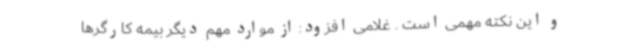
و این نکته مهمی است . غلامی افزود: از موارد مهم دیگر بیمه کارگرها